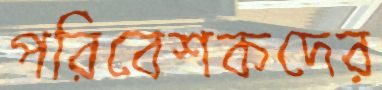
পরিবেশকদের